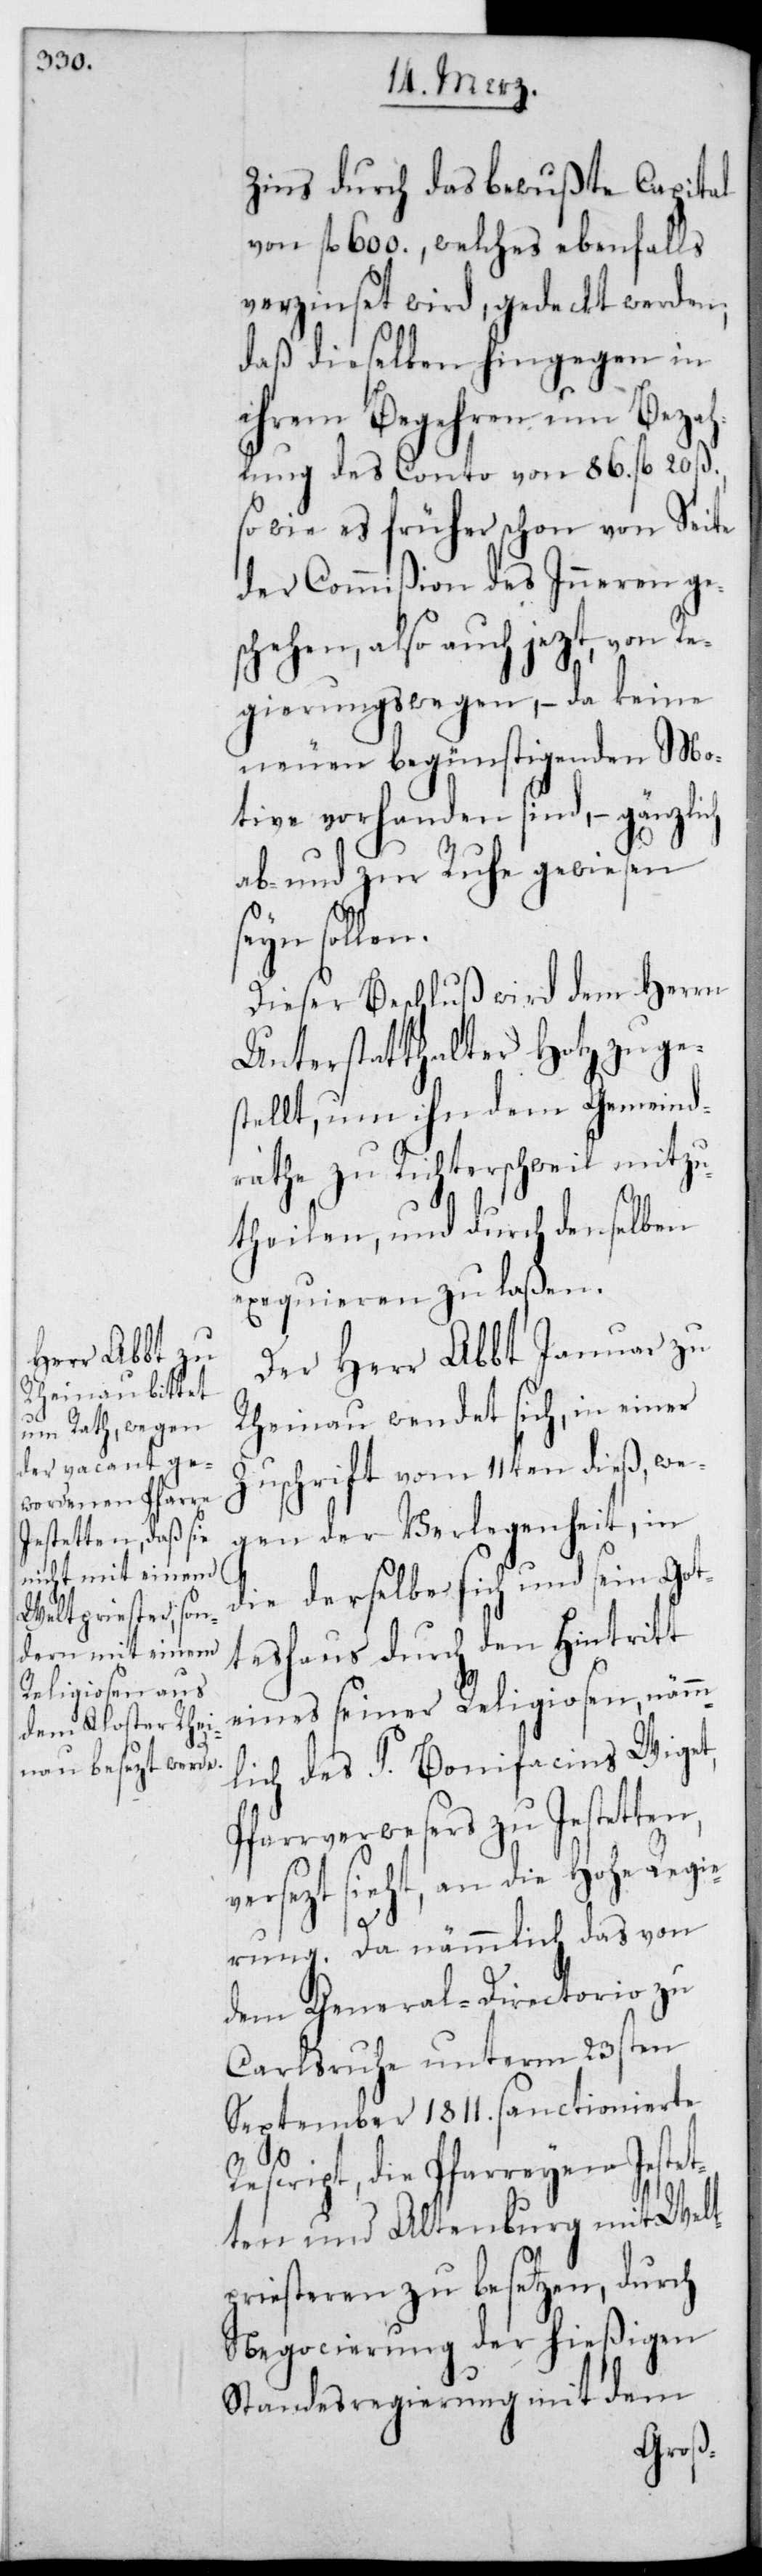
Zins durch das bewußte Capital
von 600. fl., welches ebenfalls
verzinset wird, gedeckt werden,
daß dieselben hingegen in
ihrem Begehren um Bezah¬
lung des Conto von 86. fl. 20.
so wie es früher schon von Seite
der Commißion des Inneren ge¬
schehen, also auch jetzt, von Re¬
gierungs wegen, – da keine
neuen begünstigenden Mo¬
tive vorhanden sind, – gänzlich
ab- und zur Ruhe gewiesen
ein solle¬
Dieser Beschluß wird dem Herrn
Unterstatthalter Hotz zuge¬
stellt, um ihn dem Gemeind¬
rathe zu Richterschweil mitzu¬
theilen, und durch denselben
exequieren zu laßen.
Der Herr Abbt Januar zu
Rheinau wendet sich, in einer
Zuschrift vom 11ten dieß, we¬
gen der Verlegenheit, in
die derselbe sich und sein Got¬
teshaus durch den Eintritt
eines seiner Religiosen, näm¬
Pfarrverwesers zu Jestetten,
versetzt sieht, an die Hohe Regie¬
P.
rung. Da nämmlich das von
dem General-Directorio zu
Carlsruhe unterm 23sten
September 1811. sanctionierte
Rescript, die Pfarreien Jestet¬
ten und Altenburg mit Welt¬
priesteren zu besetzen, durch
Negocierung der hießigen
Standesregierung mit dem
mlich